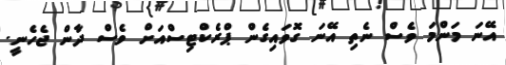
އޭނަ މަންމަ ވެސް ނެތި އޭނަ ގޮވައިގެން ޕްރެކްޓިސްއަށް ވެސް ދާން ޖެހެނީ.